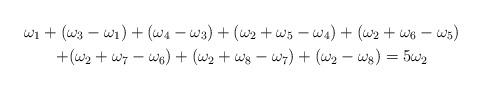
LaTeX: \begin{gather*}\omega_1 + (\omega_3 - \omega_1) + (\omega_4 - \omega_3)+ (\omega_2 + \omega_5 - \omega_4) + (\omega_2 + \omega_6 - \omega_5)\\+ (\omega_2 + \omega_7 - \omega_6) + (\omega_2 + \omega_8 - \omega_7)+ (\omega_2 - \omega_8) = 5\omega_2\end{gather*}